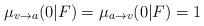
LaTeX: \begin{align*} \mu_{v\to a}(0|F)=\mu_{a\to v}(0|F)=1 \end{align*}